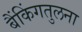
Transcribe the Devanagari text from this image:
बैंकिंगतुलना